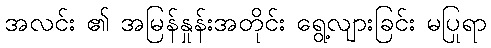
အလင်း ၏ အမြန်နှုန်းအတိုင်း ရွေ့လျားခြင်း မပြုရာ